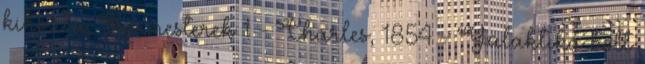
kihozta; Sörmesterek 1 - Charles, 1854 - Galaktika bolt